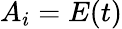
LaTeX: A_{i}=E(t)